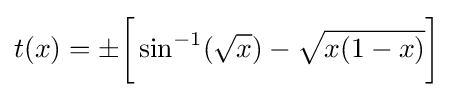
t(x)=\pm {\biggr [}\sin ^{-1}({\sqrt {x}})-{\sqrt {x(1-x)}}{\biggr ]}